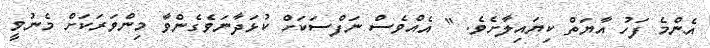
އެންމެ ފަހު އާޔަތް ކިޔައިލާށެވެ. " އެއްވެސް ނަފްސަކަށް ކުޅަދާނަވެގެންވާ މިންވަރަކަށް މެނުވީ